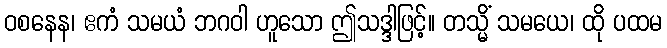
ဝစနေန၊ ဧကံ သမယံ ဘဂဝါ ဟူသော ဤသဒ္ဒါဖြင့်။ တသ္မိံ သမယေ၊ ထို ပထမ